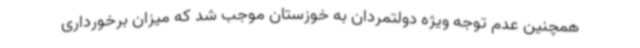
همچنین عدم توجه ویژه دولتمردان به خوزستان موجب شد که میزان برخورداری